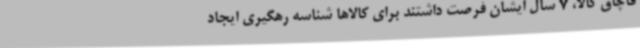
قاچاق کالا، 7 سال ایشان فرصت داشتند برای کالاها شناسه رهگیری ایجاد